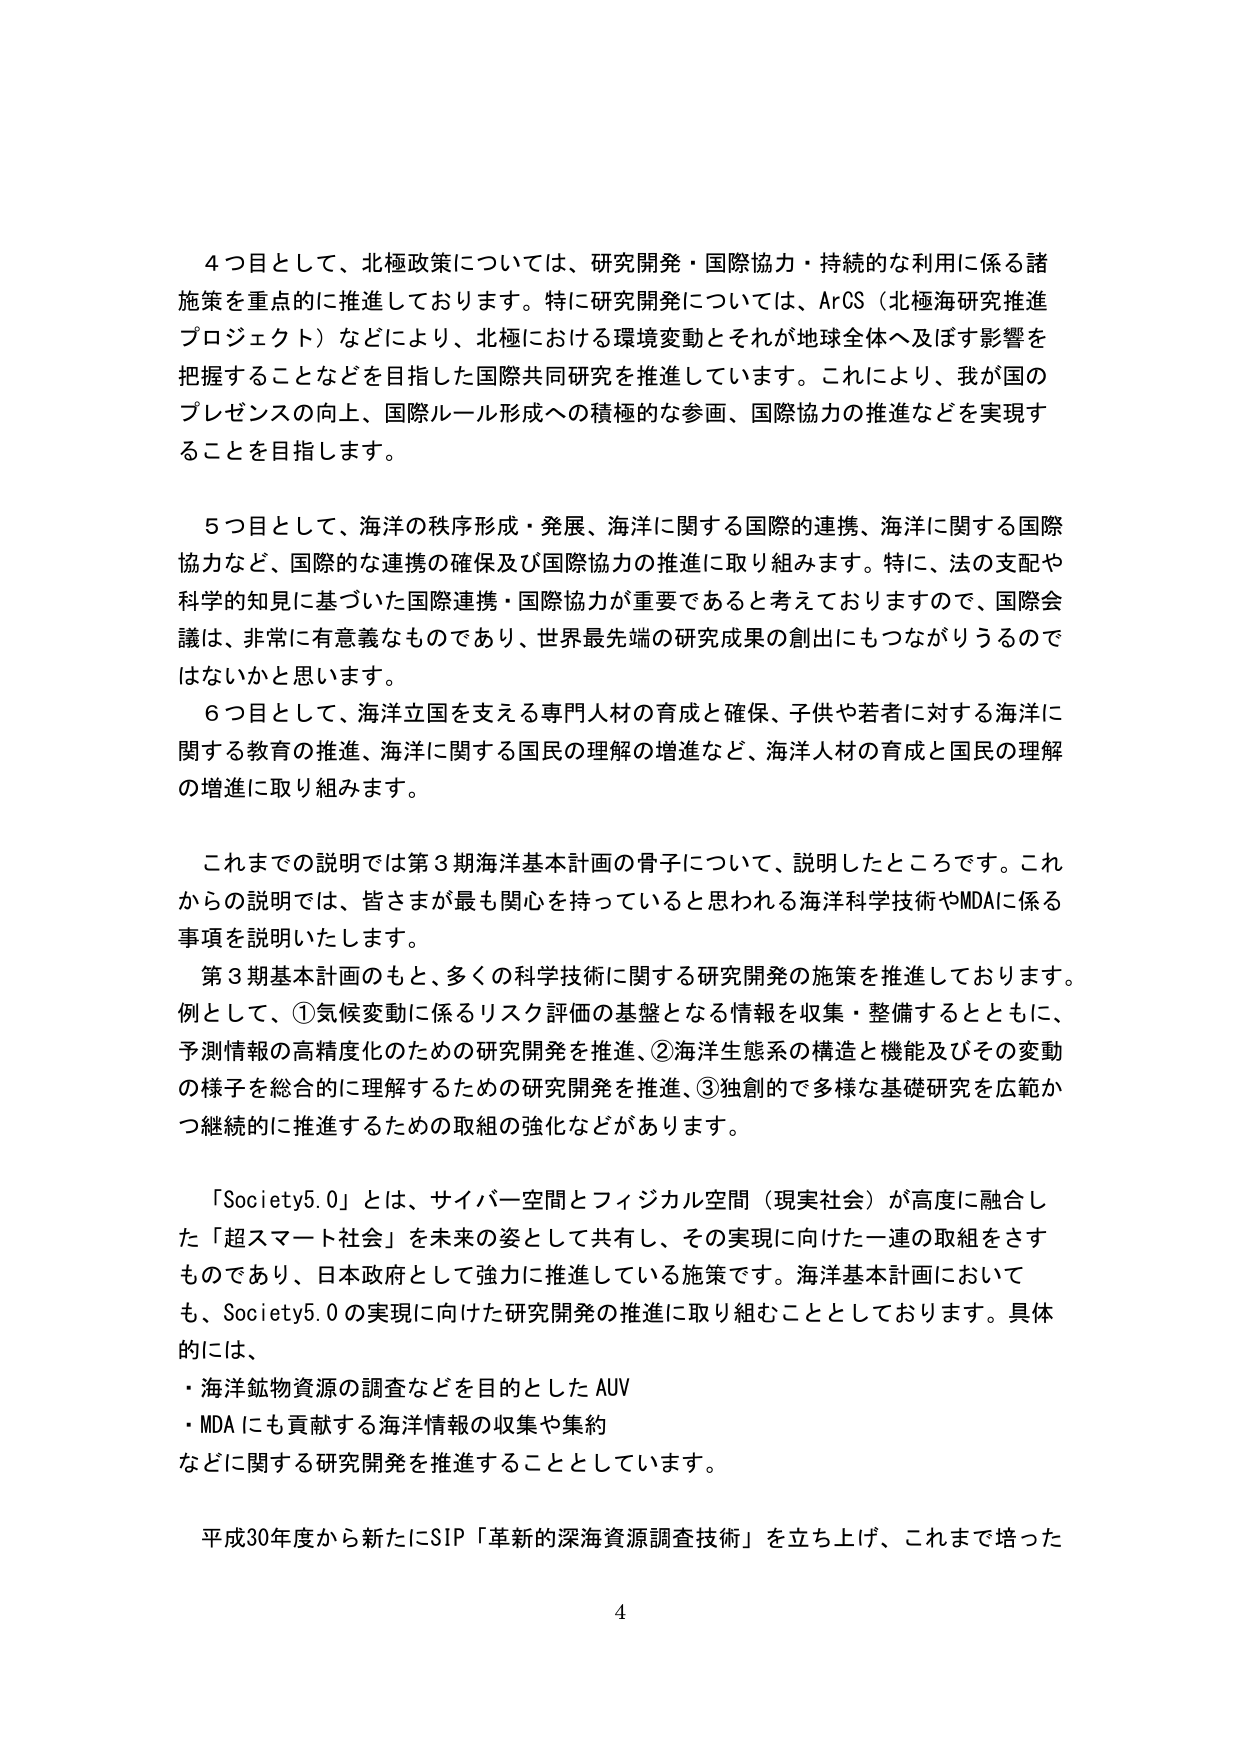
4つ目として、北極政策については、研究開発・国際協力・持続的な利用に係る諸施策を重点的に推進しております。特に研究開発については、ArCS（北極海研究推進プロジェクト）などにより、北極における環境変動とそれが地球全体へ及ぼす影響を把握することなどを目指した国際共同研究を推進しています。これにより、我が国のプレゼンスの向上、国際ルール形成への積極的な参画、国際協力の推進などを実現することを目指します。

5つ目として、海洋の秩序形成・発展、海洋に関する国際的連携、海洋に関する国際協力など、国際的な連携の確保及び国際協力の推進に取り組みます。特に、法の支配や科学的知見に基づいた国際連携・国際協力が重要であると考えておりますので、国際会議は、非常に有意義なものであり、世界最先端の研究成果の創出にもつながりうるのではないかと思います。

6つ目として、海洋立国を支える専門人材の育成と確保、子供や若者に対する海洋に関する教育の推進、海洋に関する国民の理解の増進など、海洋人材の育成と国民の理解の増進に取り組みます。

これまでの説明では第3期海洋基本計画の骨子について、説明したところです。これからの説明では、皆さまが最も関心を持っていると思われる海洋科学技術やMDAに係る事項を説明いたします。

第3期基本計画のもと、多くの科学技術に関する研究開発の施策を推進しております。例として、①気候変動に係るリスク評価の基盤となる情報を収集・整備するとともに、予測情報の高精度化のための研究開発を推進、②海洋生態系の構造と機能及びその変動の様子を総合的に理解するための研究開発を推進、③独創的で多様な基礎研究を広範かつ継続的に推進するための取組の強化などがあります。

「Society5.0」とは、サイバー空間とフィジカル空間（現実社会）が高度に融合した「超スマート社会」を未来の姿として共有し、その実現に向けた一連の取組をさすものであり、日本政府として強力に推進している施策です。海洋基本計画においても、Society5.0の実現に向けた研究開発の推進に取り組むこととしております。具体的には、
・海洋鉱物資源の調査などを目的としたAUV
・MDAにも貢献する海洋情報の収集や集約
などに関する研究開発を推進することとしています。

平成30年度から新たにSIP「革新的深海資源調査技術」を立ち上げ、これまで培った

4